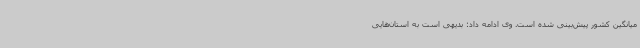
میانگین کشور پیش‌بینی شده است. وی ادامه داد: بدیهی است به استان‌هایی